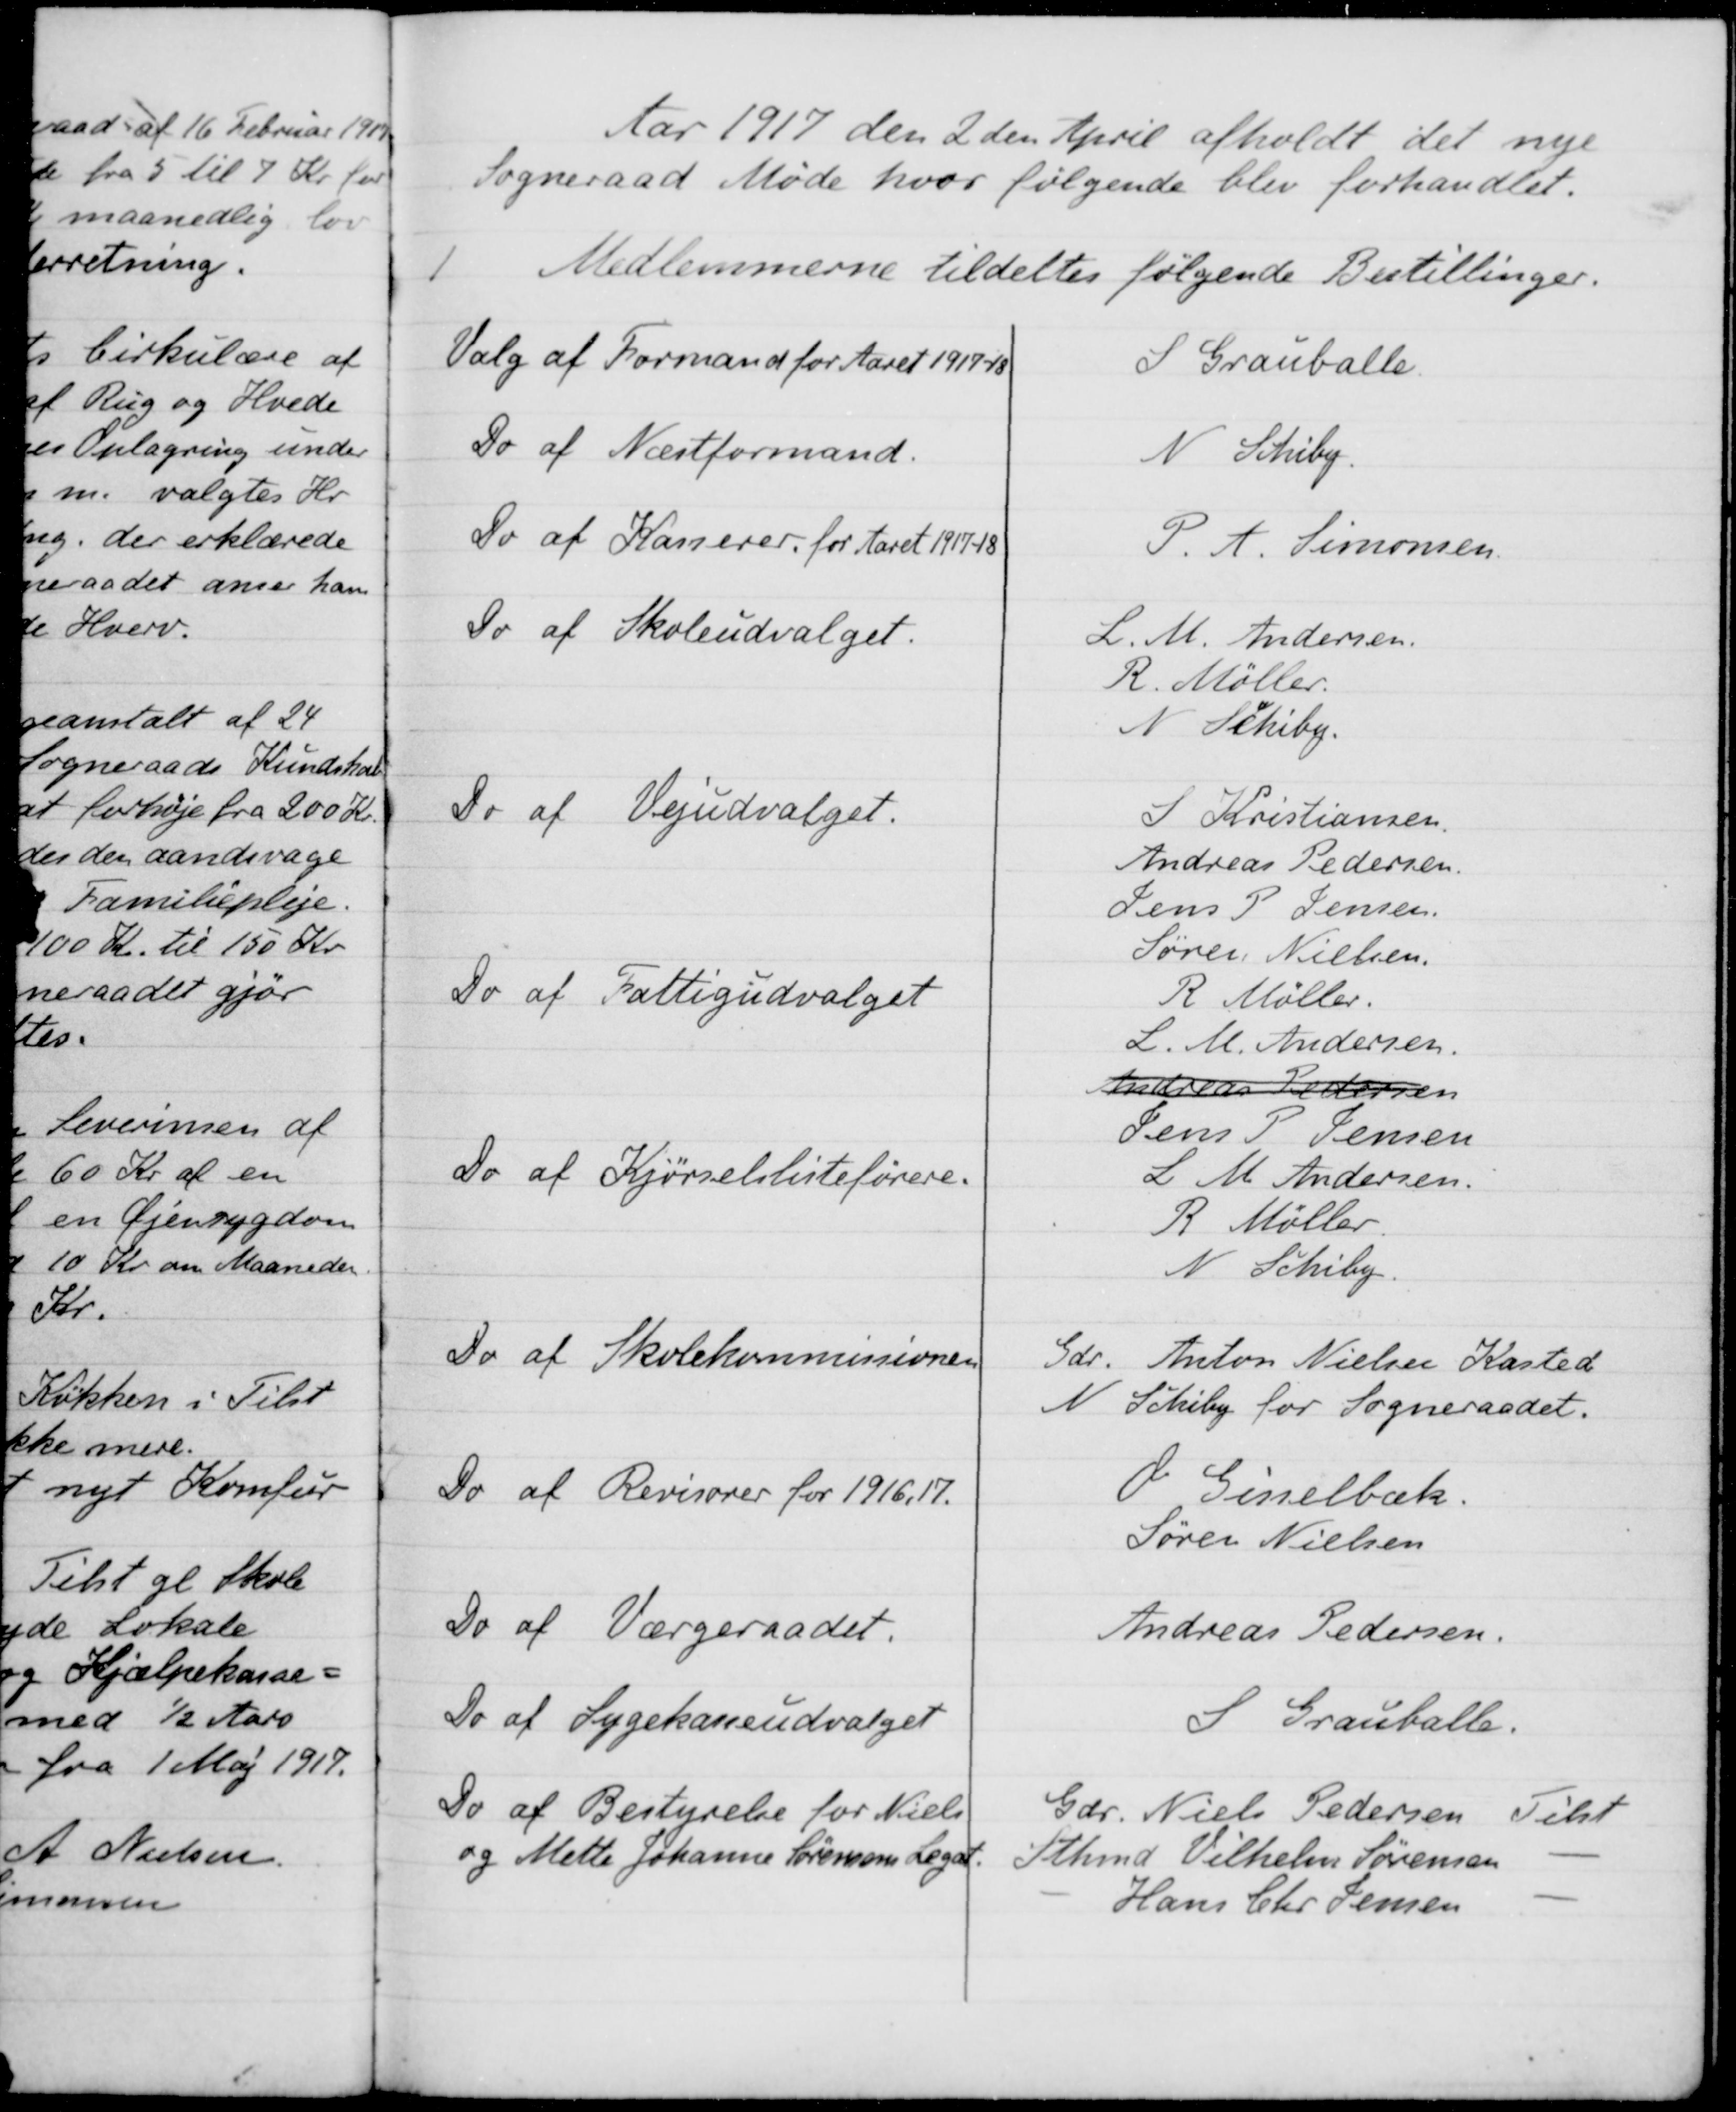
Transskription:
Aar 1917 den 2 den April afholdt det nye
Sogneraad Møde hvor følgende blev forhandlet.
1
Medlemmerne tildeltes følgende Bestillinger.
Valg af Formand for Aaret 1917-18
S Grauballe.
Do af Næstformand.
N. Schiby
Do af Kasserer for Aaret 1917-18
P. A. Simonsen.
Do af Skoleudvalget.
L. M. Andersen
R. Møller.
N. Schiby
Do af Vejudvalget.
I Kristiansen
Andreas Pedersen
Jens P Jensen
Søren Nielsen
Do af Fattigudvalget
R Møller.
L. M. Andersen
Andreas Pedersen
Jens P. Jensen
Do af Kjørselslisteførere.
L M Andersen
R. Møller.
N. Schiby
Do af Skolekommissionen
Gdr. Anton Nielsen Kasted
N Schiby for Sogneraadet.
Do af Revisorer for 1916, 17.
O. Gisselbæk.
Søren Nielsen
Do af Værgeraadet.
Andreas Pedersen
Do af Sygekasseudvalget
S Grauballe.
Do af Bestyrelse for Niels
Gdr. Niels Pedersen Tilst
og Mette Johanne Sørensens Tilst
Sthmd Vilhelm Sørensen
Hans Chr. Jensen